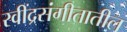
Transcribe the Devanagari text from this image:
रवींद्रसंगीतातील